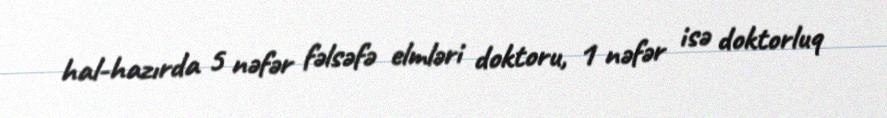
hal-hazırda 5 nəfər fəlsəfə elmləri doktoru, 1 nəfər isə doktorluq